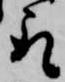
取